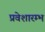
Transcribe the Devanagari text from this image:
प्रवेशारम्भ